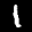
Label: 1